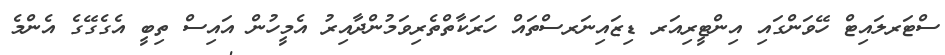
ސްޓަރލައިޓް ހޭވަންގައި އިންޓީރިއަރ ޑިޒައިނަރސްތައް ހަރަކާތްތެރިވަމުންދާއިރު އެމީހުން އައިސް ތިބީ އެގެގޭގެ އެންމެ